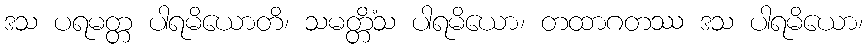
ဒသ ပရမတ္တ ပါရမိယောတိ၊ သမတ္တိံသ ပါရမိယော၊ တထာဂတဿ ဒသ ပါရမိယော၊